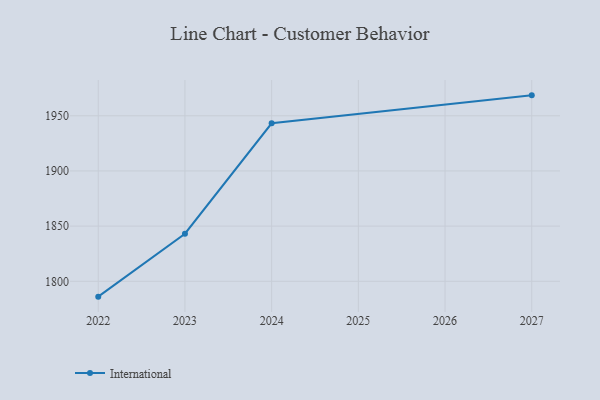
{"axis": {"x": "Year", "y": "Market Share (%)"}, "legend": ["International"], "data": [{"x": "2022", "y": 1786.1, "type": "International"}, {"x": "2023", "y": 1843.1, "type": "International"}, {"x": "2024", "y": 1943.2, "type": "International"}, {"x": "2027", "y": 1968.5, "type": "International"}]}